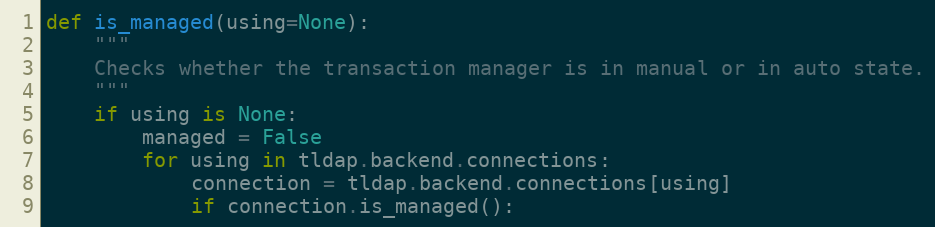
Language: Python
def is_managed(using=None):
    """
    Checks whether the transaction manager is in manual or in auto state.
    """
    if using is None:
        managed = False
        for using in tldap.backend.connections:
            connection = tldap.backend.connections[using]
            if connection.is_managed():